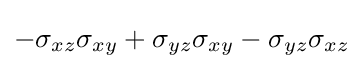
-\sigma _{xz}\sigma _{xy}+\sigma _{yz}\sigma _{xy}-\sigma _{yz}\sigma _{xz}